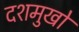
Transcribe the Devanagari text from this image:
दशमुखों